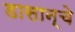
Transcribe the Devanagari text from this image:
डासान्चे